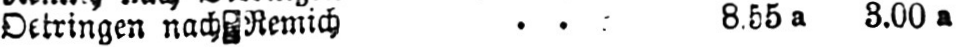
Oetringen nach Remich .. 8.55a 3.00a